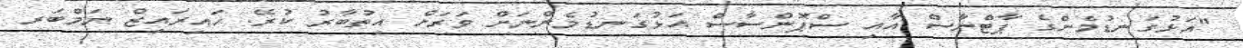
"އަޅުގަނޑުމެންގެ ޕާޓްނާސް އާއި ސްޕޮންސާސް އަޅުގަނޑުމެންނަށް ވަރަށް އިތުބާރު ކުރޭ. ހައިރައިޒް ނަމްބަރ